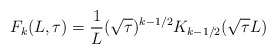
\begin{align*}F_k(L, \tau) = {1 \over L} (\sqrt{\tau})^{k-1/2} K_{k-1/2} (\sqrt{\tau} L) \end{align*}